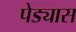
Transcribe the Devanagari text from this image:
पेड्यास